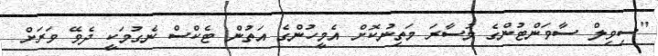
"ސިވިލް ސާވަންޓުންގެ މުސާރަ މަތިނުކޮށް އެމީހުންގެ އަތުން ޓެކްސް ނެގުމަކީ ދެވޭ ވަރަށް